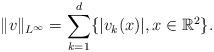
LaTeX: \begin{align*}\|v\|_{L^{\infty}}=\sum_{k=1}^d \{|v_k(x)|, x \in \mathbb{R}^2\}.\end{align*}